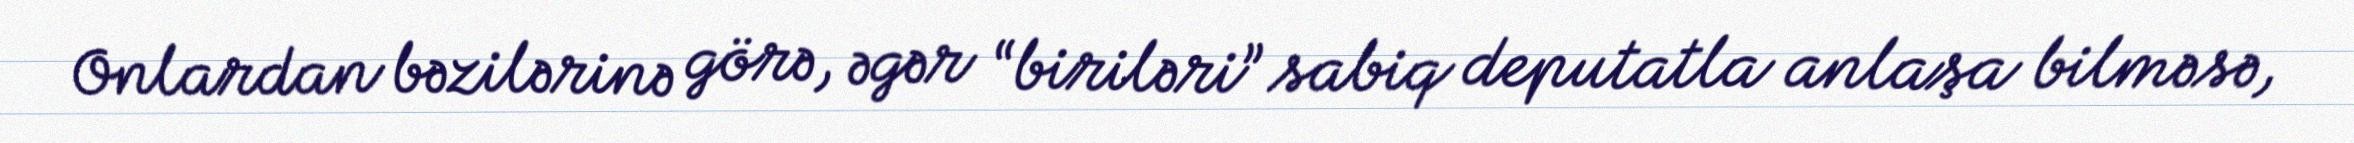
Onlardan bəzilərinə görə, əgər “biriləri” sabiq deputatla anlaşa bilməsə,